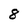
Character: 8